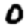
Digit: 0